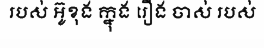
របស់ អ៊ូខុង ក្នុង រឿង ចាស់ របស់